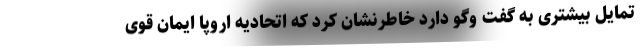
تمایل بیشتری به گفت وگو دارد خاطرنشان کرد که اتحادیه اروپا ایمان قوی